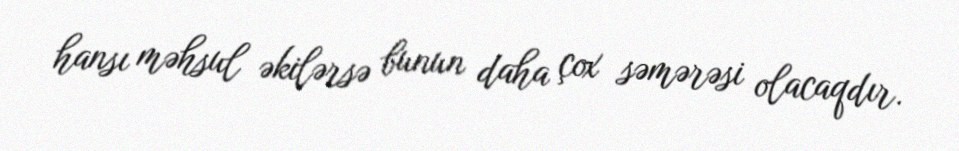
hansı məhsul əkilərsə bunun daha çox səmərəsi olacaqdır.